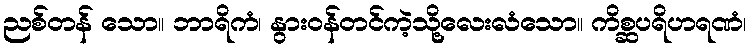
ညစ်တန် သော။ ဘာရိကံ၊ နွားဝန်တင်ကဲ့သို့လေးလံသော။ ကိစ္ဆပရိဟရဏံ၊